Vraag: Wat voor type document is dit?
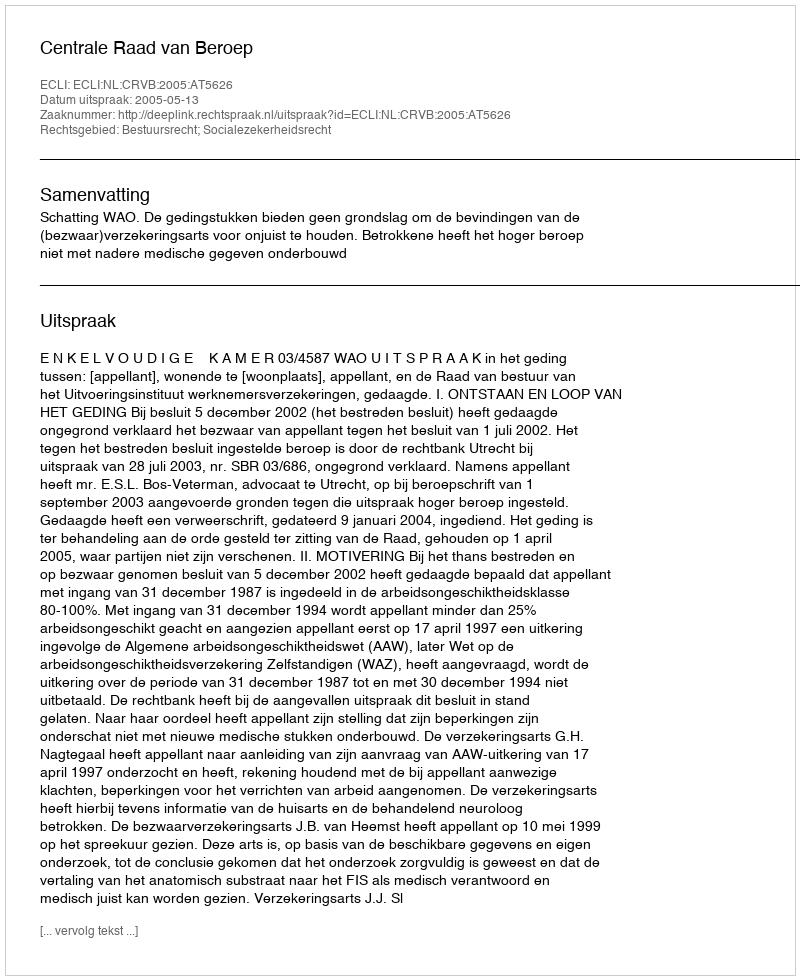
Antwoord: Uitspraak